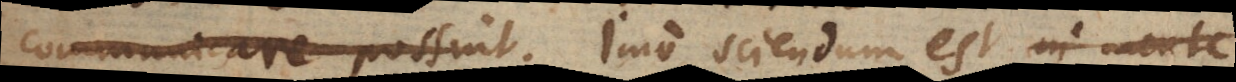
communicent. Imo sciendum est in mente